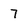
Character: 7